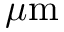
\mu \mathrm { m }